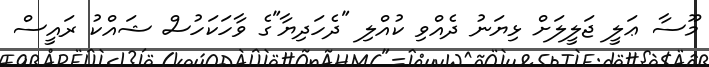
މޫސާ ޢަލީ ޖަލީލަށް ޅިޔަނު ދެއްވި ކުއްލި "ދެހަދިޔާ"ގެ ވާހަކަހުސް ޝައްކު ރައީސް